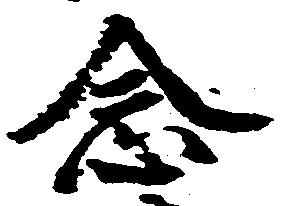
念